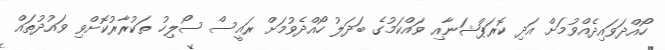
ހޯއްދަވައިދެއްވުމަށް އަދި ކޮރަޕްޝަނާއި ވައްކަމުގެ ބަދަލު ހޯއްދެވުމަށް ރައީސް ސޯލިހު ތަކުރާރުކޮށްވި ވައުދުތައް